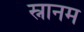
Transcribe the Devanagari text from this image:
स्नानम